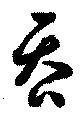
吝